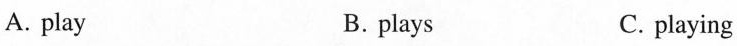
A. play B.plays C. playing